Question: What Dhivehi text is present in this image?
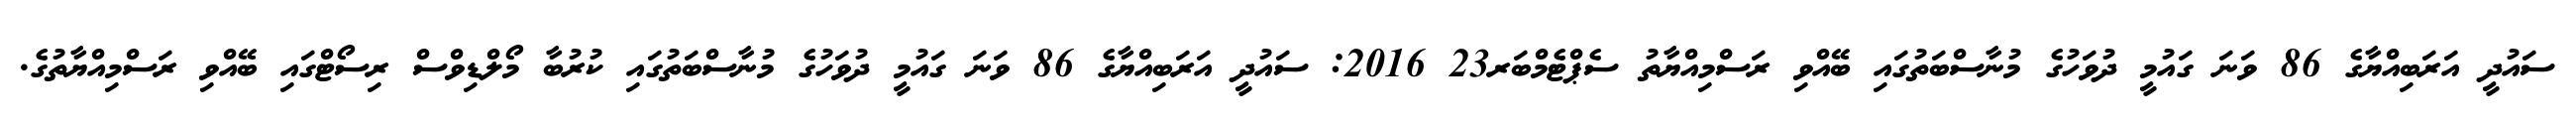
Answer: ސައުދީ އަރަބިއްޔާގެ 86 ވަނަ ގައުމީ ދުވަހުގެ މުނާސްބަތުގައި ބޭއްވި ރަސްމިއްޔާތު ސެޕްޓެމްބަރ23 2016: ސައުދީ އަރަބިއްޔާގެ 86 ވަނަ ގައުމީ ދުވަހުގެ މުނާސްބަތުގައި ކުރުބާ މޯލްޑިވްސް ރިސޯޓްގައި ބޭއްވި ރަސްމިއްޔާތުގެ.